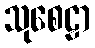
သုစေဠာ